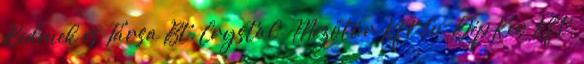
Bedenek és Társa Bt. Crystal- Mezőtúr Kft Eu-GépKer Kft.